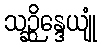
သဉ္ဆိန္ဒေယျုံ